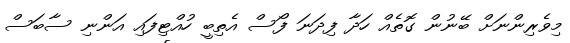
މިވެރިންނަށް ބޭނުން ގޮތެއް ހަދާ ފިދަނަ ފޯސް އެތިބީ ހުއްޓިފައި އަންނި ސާބަސް